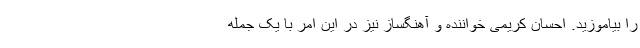
را بیاموزید. احسان کریمی خواننده و آهنگساز نیز در این امر با یک جمله